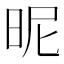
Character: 昵